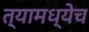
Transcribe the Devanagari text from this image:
त्यामध्येच